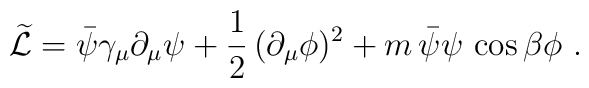
\widetilde{\cal L}= \bar\psi\gamma_\mu\partial_\mu\psi+\frac{1}{2}\,(\partial_\mu\phi)^2+m\,\bar\psi\psi\,\cos\beta\phi\ .